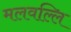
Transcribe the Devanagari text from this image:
मलवल्लि